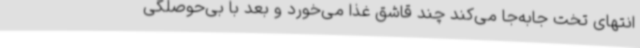
انتهای تخت جابه‌جا می‌کند چند قاشق غذا می‌خورد و بعد با بی‌حوصلگی